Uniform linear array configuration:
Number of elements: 8
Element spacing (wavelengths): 1
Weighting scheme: uniform
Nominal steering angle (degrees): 45
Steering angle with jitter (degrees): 45.383
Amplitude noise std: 0.05
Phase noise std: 0.05

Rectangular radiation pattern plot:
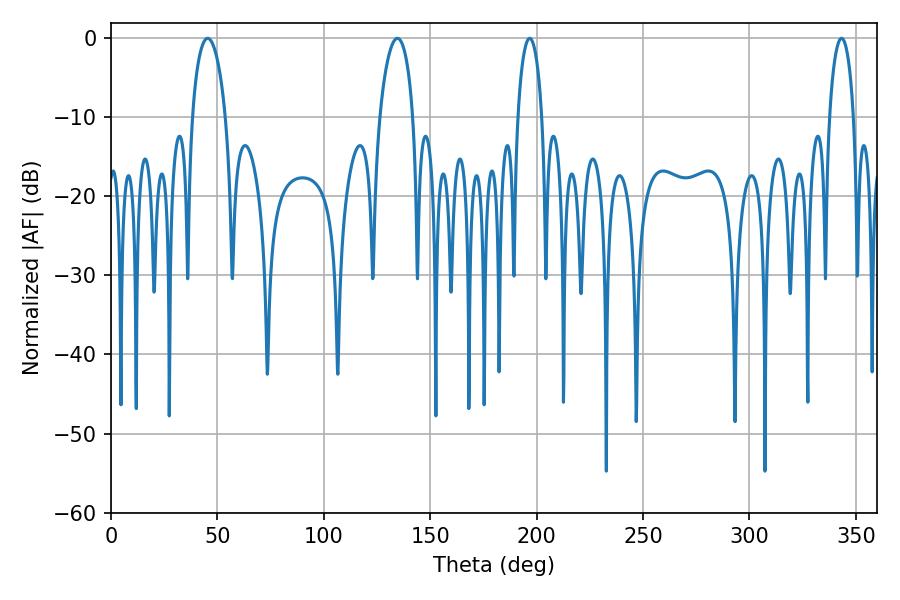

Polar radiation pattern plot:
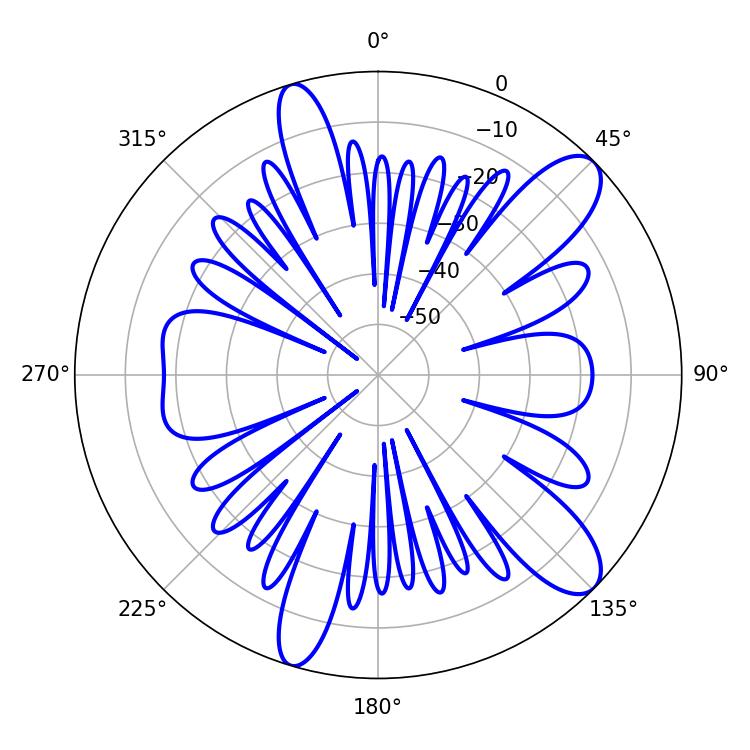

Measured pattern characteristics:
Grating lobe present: TRUE
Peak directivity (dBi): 10.901
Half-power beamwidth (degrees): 6.48
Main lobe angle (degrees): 196.74